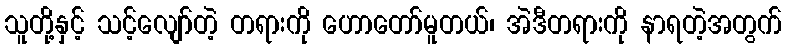
သူတို့နှင့် သင့်လျော်တဲ့ တရားကို ဟောတော်မူတယ်၊ အဲဒီတရားကို နာရတဲ့အတွက်